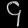
Digit: ၄